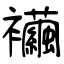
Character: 襺